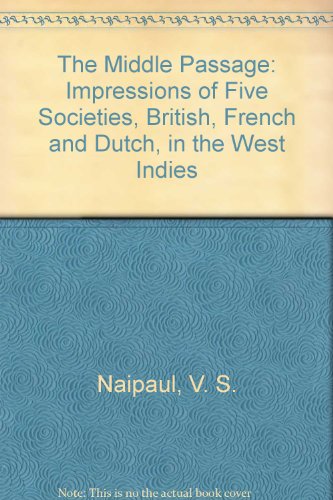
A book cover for The Middle Passage: Impressions of Five Societies, British, French and Dutch, in the West Indies; V. S. Naipaul; Travel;